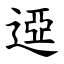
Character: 䢝